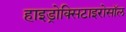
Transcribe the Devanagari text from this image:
हाइड्रोक्सिटाइरोसॉल